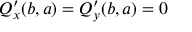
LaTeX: Q _ { x } ^ { \prime } ( b , a ) = Q _ { y } ^ { \prime } ( b , a ) = 0